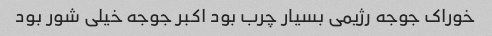
خوراک جوجه رژیمی بسیار چرب بود اکبر جوجه خیلی شور بود